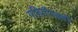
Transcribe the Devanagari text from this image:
गणितीपद्धती